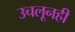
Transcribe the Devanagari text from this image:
उचलूनही